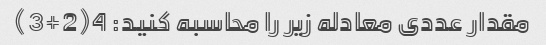
مقدار عددی معادله زیر را محاسبه کنید: 4(2+3)